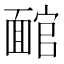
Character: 𩈬